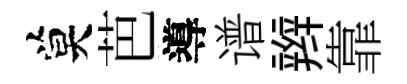
莫芭導谱辫靠